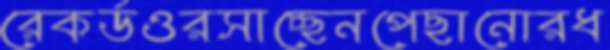
রেকর্ডওরসাচ্ছেনপেছানোরধ